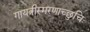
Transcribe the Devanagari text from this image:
गायत्रीस्मरणाच्छुचिः